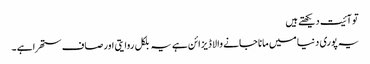
تو آئیت دیکھتے ہیں
یہ پوری دنیا میں مانا جانے والا ڈیزائن ہے یہ بلکل روایتی اور صاف ستھرا ہے ۔